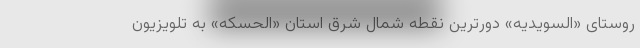
روستای «السویدیه» دورترین نقطه شمال شرق استان «الحسکه» به تلویزیون